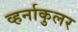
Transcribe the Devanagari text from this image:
व्हर्नाकुलर